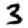
Digit: 3